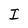
Character: I